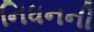
નિધનની